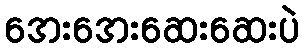
အေးအေးဆေးဆေးပဲ